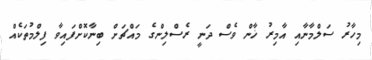
މިހާރު ސަލްމާނާއި އާމިރު ޚާން ވެސް ދަނީ ރެސްލިންގެ މައްޗަށް ބިނާކޮށްފައިވާ ފިލްމުތަކެއް